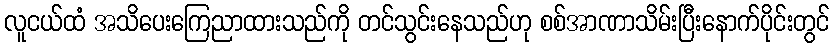
လူငယ်ထံ အသိပေးကြေညာထားသည်ကို တင်သွင်းနေသည်ဟု စစ်အာဏာသိမ်းပြီးနောက်ပိုင်းတွင်